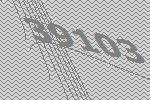
39103